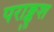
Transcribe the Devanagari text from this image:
पराङ्कुश